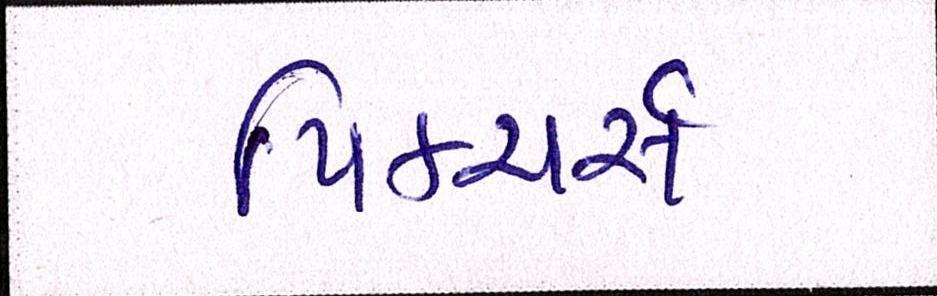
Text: પિક્ચર્સ